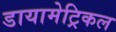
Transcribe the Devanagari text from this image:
डायामेट्रिकल